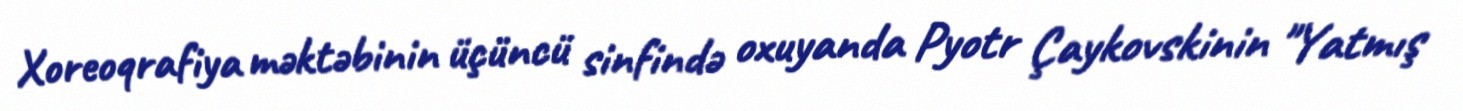
Xoreoqrafiya məktəbinin üçüncü sinfində oxuyanda Pyotr Çaykovskinin "Yatmış